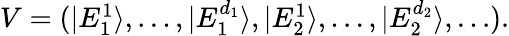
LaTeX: \begin{array}{r}{V=(|E_{1}^{1}\rangle,\dots,|E_{1}^{d_{1}}\rangle,|E_{2}^{1}\rangle,\dots,|E_{2}^{d_{2}}\rangle,\dots).}\end{array}